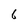
Character: 6